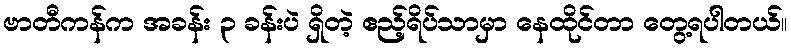
ဗာတီကန်က အခန်း ၃ ခန်းပဲ ရှိတဲ့ ဧည့်ရိပ်သာမှာ နေထိုင်တာ တွေ့ရပါတယ်။